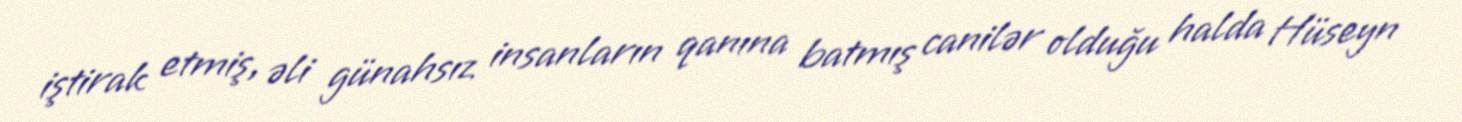
iştirak etmiş, əli günahsız insanların qanına batmış canilər olduğu halda Hüseyn